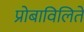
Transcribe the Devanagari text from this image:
प्रोबाविलिते